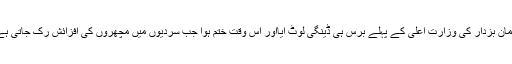
عثمان بزدار کی وزارت ِاعلیٰ کے پہلے برس ہی ڈینگی لوٹ آیااور اُس وقت ختم ہوا جب سردیوں میں مچھروں کی افزائش رک جاتی ہے ۔